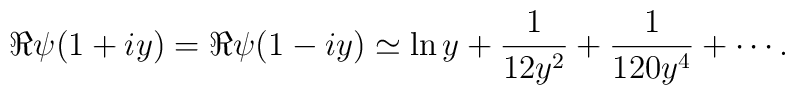
\Re \psi(1+iy) = \Re \psi(1-iy) \simeq \ln y + {1 \over 12 y^2} + {1 \over 120 y^4} + \cdots.